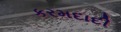
કરમદાદી